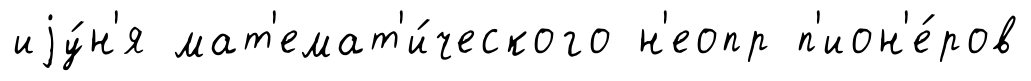
иjу́н'я мат'емат'и́ческого н'еопр п'ион'е́ров